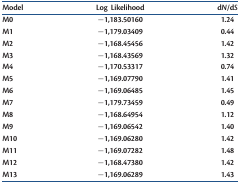
<table><thead><tr><td><b>Model</b></td><td><b>Log Likelihood</b></td><td><b>d<i>N</i>/d<i>S</i></b></td></tr></thead><tbody><tr><td>M0</td><td>−1,183.50160</td><td>1.24</td></tr><tr><td>M1</td><td>−1,179.03409</td><td>0.44</td></tr><tr><td>M2</td><td>−1,168.45456</td><td>1.42</td></tr><tr><td>M3</td><td>−1,168.43569</td><td>1.32</td></tr><tr><td>M4</td><td>−1,170.53317</td><td>0.74</td></tr><tr><td>M5</td><td>−1,169.07790</td><td>1.41</td></tr><tr><td>M6</td><td>−1,169.06485</td><td>1.45</td></tr><tr><td>M7</td><td>−1,179.73459</td><td>0.49</td></tr><tr><td>M8</td><td>−1,168.64954</td><td>1.12</td></tr><tr><td>M9</td><td>−1,169.06542</td><td>1.40</td></tr><tr><td>M10</td><td>−1,169.06280</td><td>1.42</td></tr><tr><td>M11</td><td>−1,169.07282</td><td>1.48</td></tr><tr><td>M12</td><td>−1,168.47380</td><td>1.42</td></tr><tr><td>M13</td><td>−1,169.06289</td><td>1.43</td></tr></tbody></table>